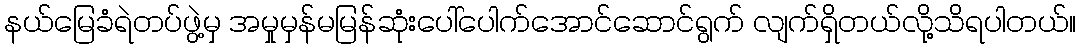
နယ်မြေခံရဲတပ်ဖွဲ့မှ အမှုမှန်မမြန်ဆုံးပေါ်ပေါက်အောင်ဆောင်ရွက် လျက်ရှိတယ်လို့သိရပါတယ်။